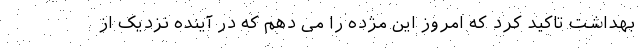
بهداشت تاکید کرد که امروز این مژده را می دهم که در آینده نزدیک از